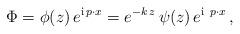
LaTeX: \begin{align*}\Phi = \phi(z)\, e^{{\rm i}\, p\cdot x} = e^{-k\,z}\,\psi(z)\, e^{{\rm i}\ p\cdot x}\,,\end{align*}